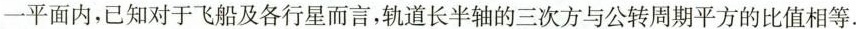
一平面内，已知对于飞船及各行星而言，轨道长半轴的三次方与公转周期平方的比值相等.